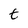
Character: t